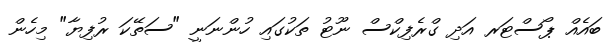
ބައެއް ޕޯސްޓަރ އަދި ގްރެފިކްސް ނޫޓު ތަކުގައި ހުންނަނީ "ސަތޭކަ ރުފިޔާ" މިހެން